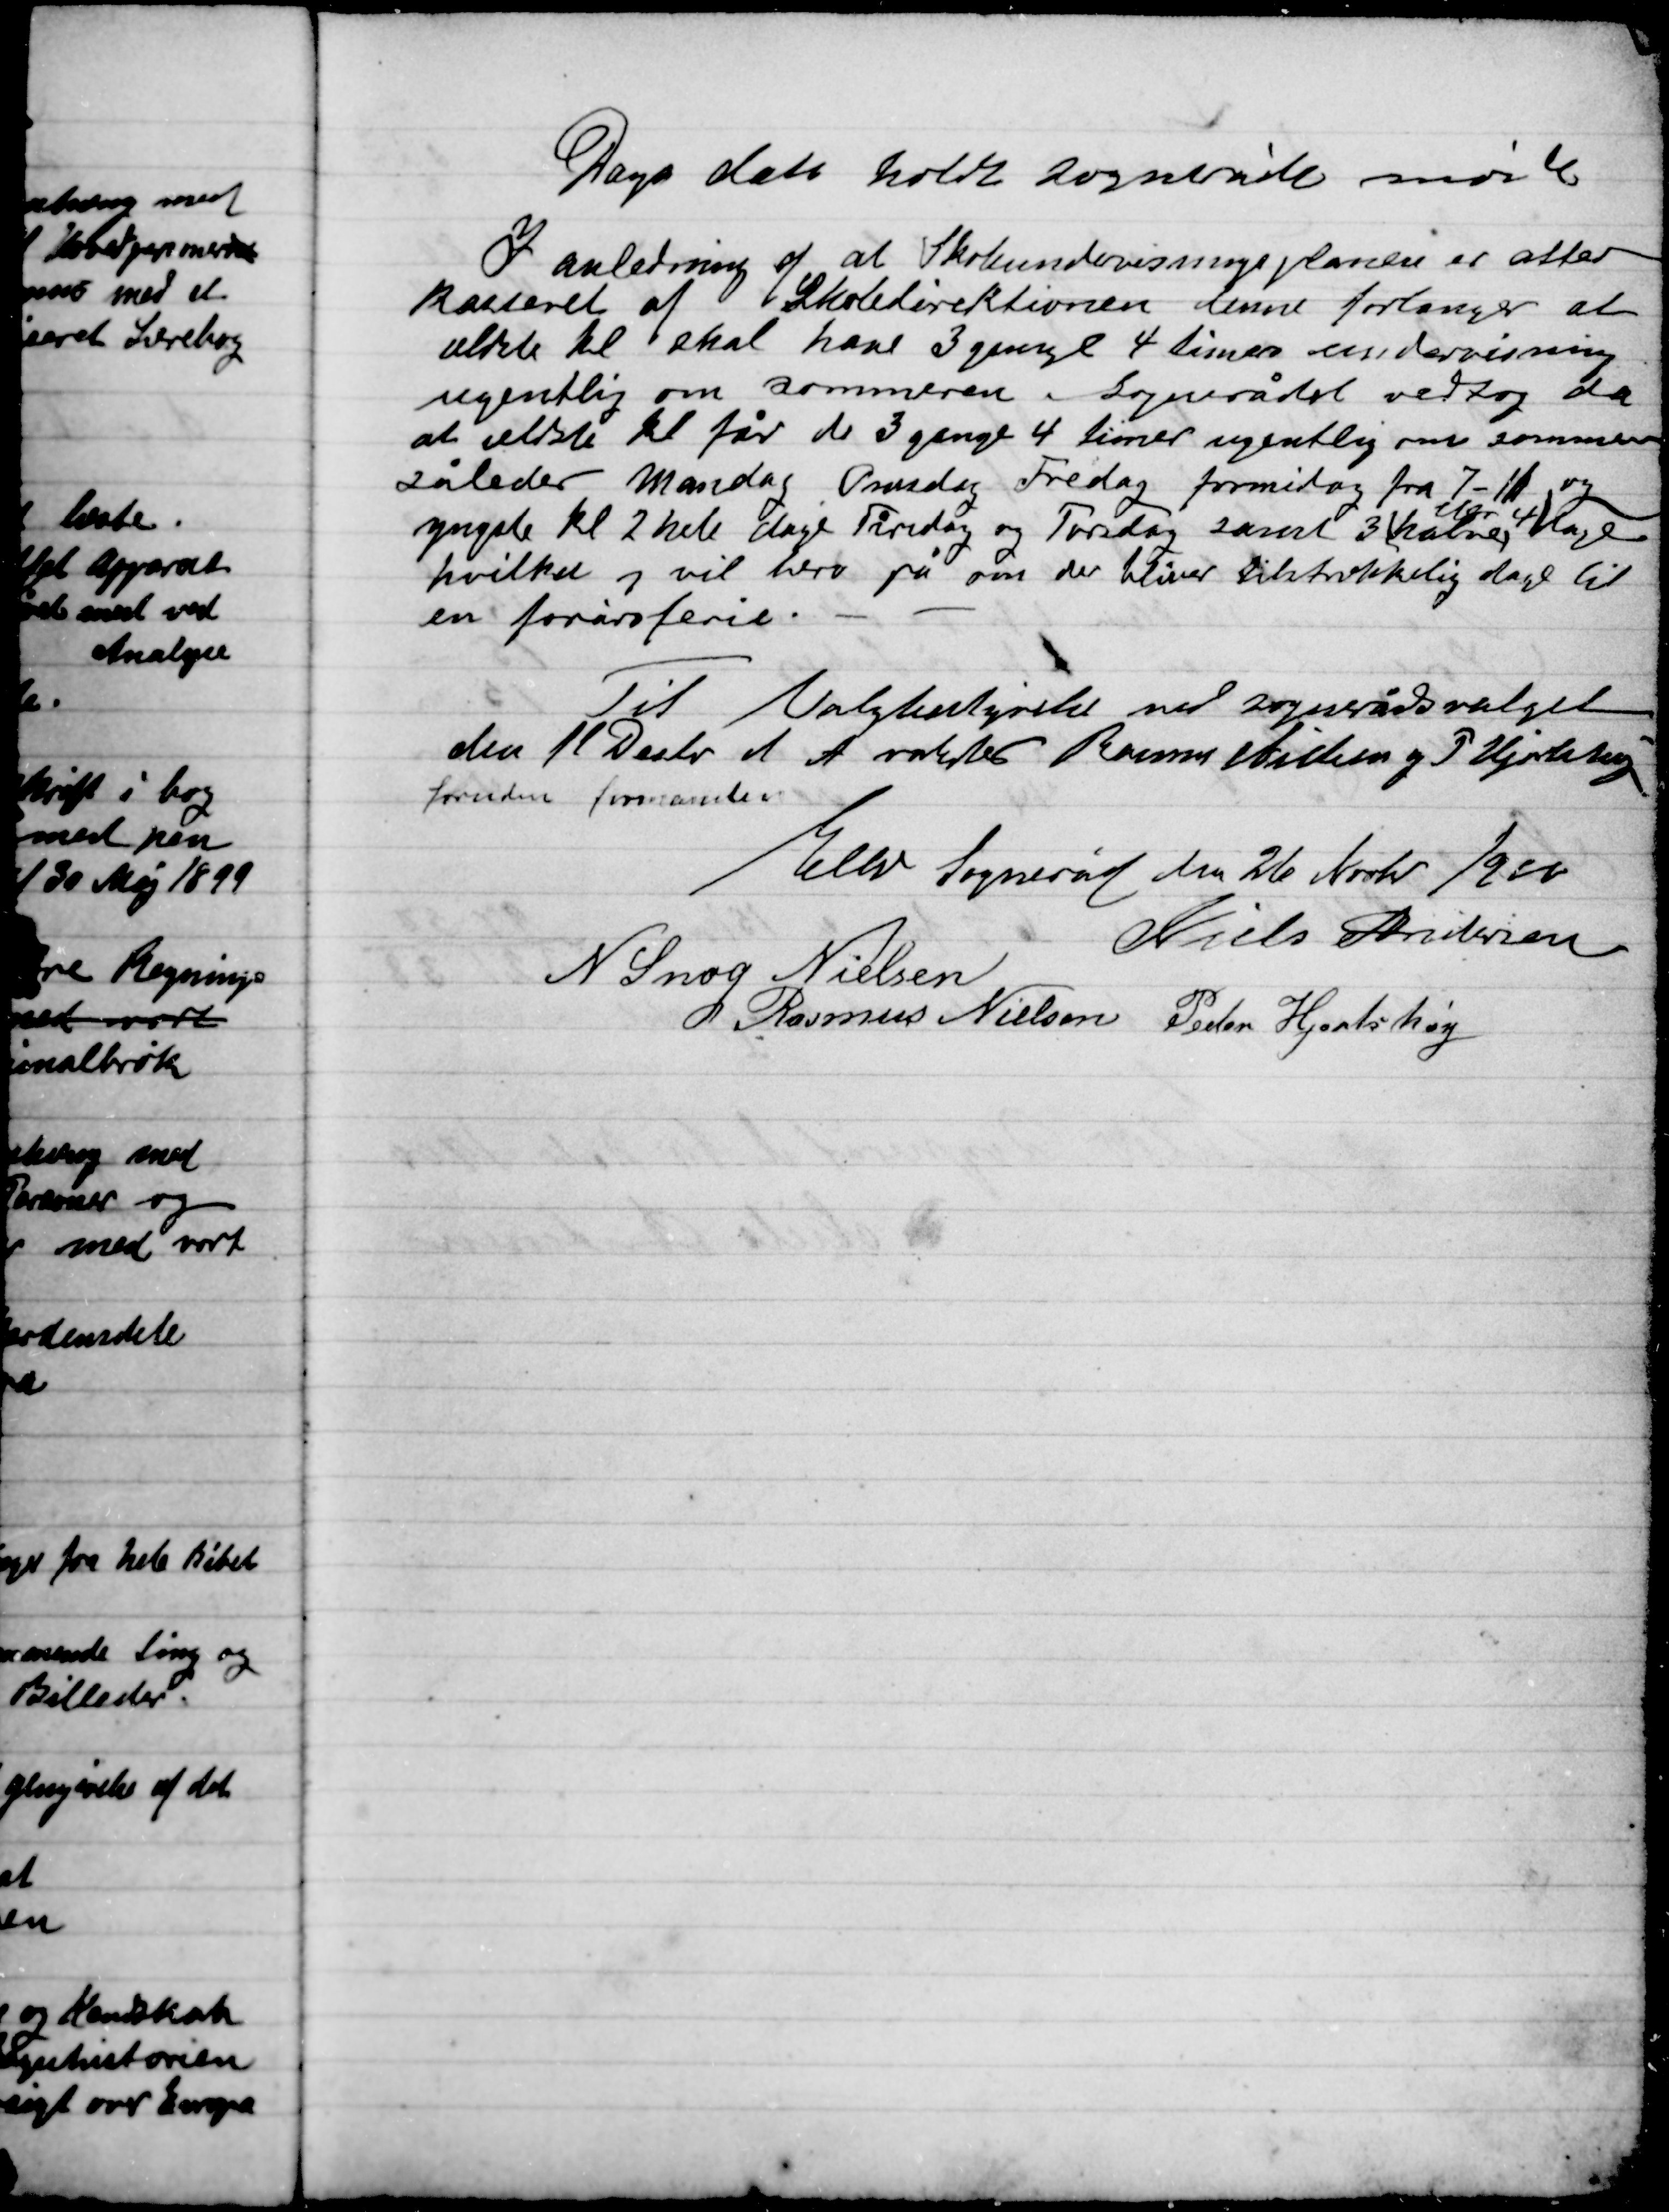
Transskription:
Dags dato holdt Sognerådet møde
I Anledning af at Skoleundervisningsplanen er atter
Kasseret af Skoledirektøren denne forlanger at
ældste Kl. skal have 3 gange 4 timers undervisning
ugentlig om sommeren Sognerådet vedtog da
at ældste Kl. får de 3 gange 4 timer ugentlig om sommeren
Således Mandag, Onsdag Fredag formiddag fra 7–11 og
Yngste Kl. 2 hele Dage Tirsdag og Torsdag samt 3
eller 4
halve dage
hvilket og vil bero på om der bliver tilstrækkelig dage til
en forårsferie.

Til Valgbestyrelse vil Sognerådsvalget
Den 11 Decbr. d. A. valgtes Rasmus Nielsen og P. Hjortshøj
foruden formanden

Elev Sogneråd den 26 Novbr. 1900

Niels Andersen
N. Snog Nielsen
Rasmus Nielsen
Peder Hjortshøj